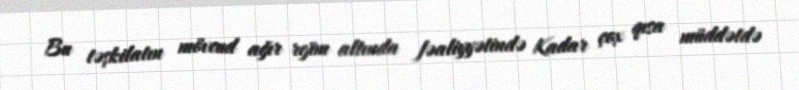
Bu təşkilatın mövcud ağır rejim altında fəaliyyətində Kadar çox qısa müddətdə